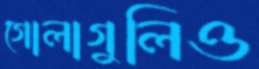
গোলাগুলিও